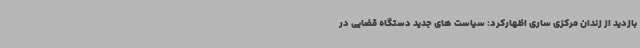
بازدید از زندان مرکزی ساری اظهارکرد: سیاست های جدید دستگاه قضایی در